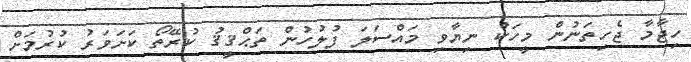
ހިޖާމާ ޖެހިތަނުން މީހަކު ނިޔާވި މައްސަލަ ފުލުހުން ތަޙްޤީޤު ކުރޭތޯ ކަށަވަރު ކުރުމަށް